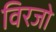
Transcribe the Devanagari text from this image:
विरजो